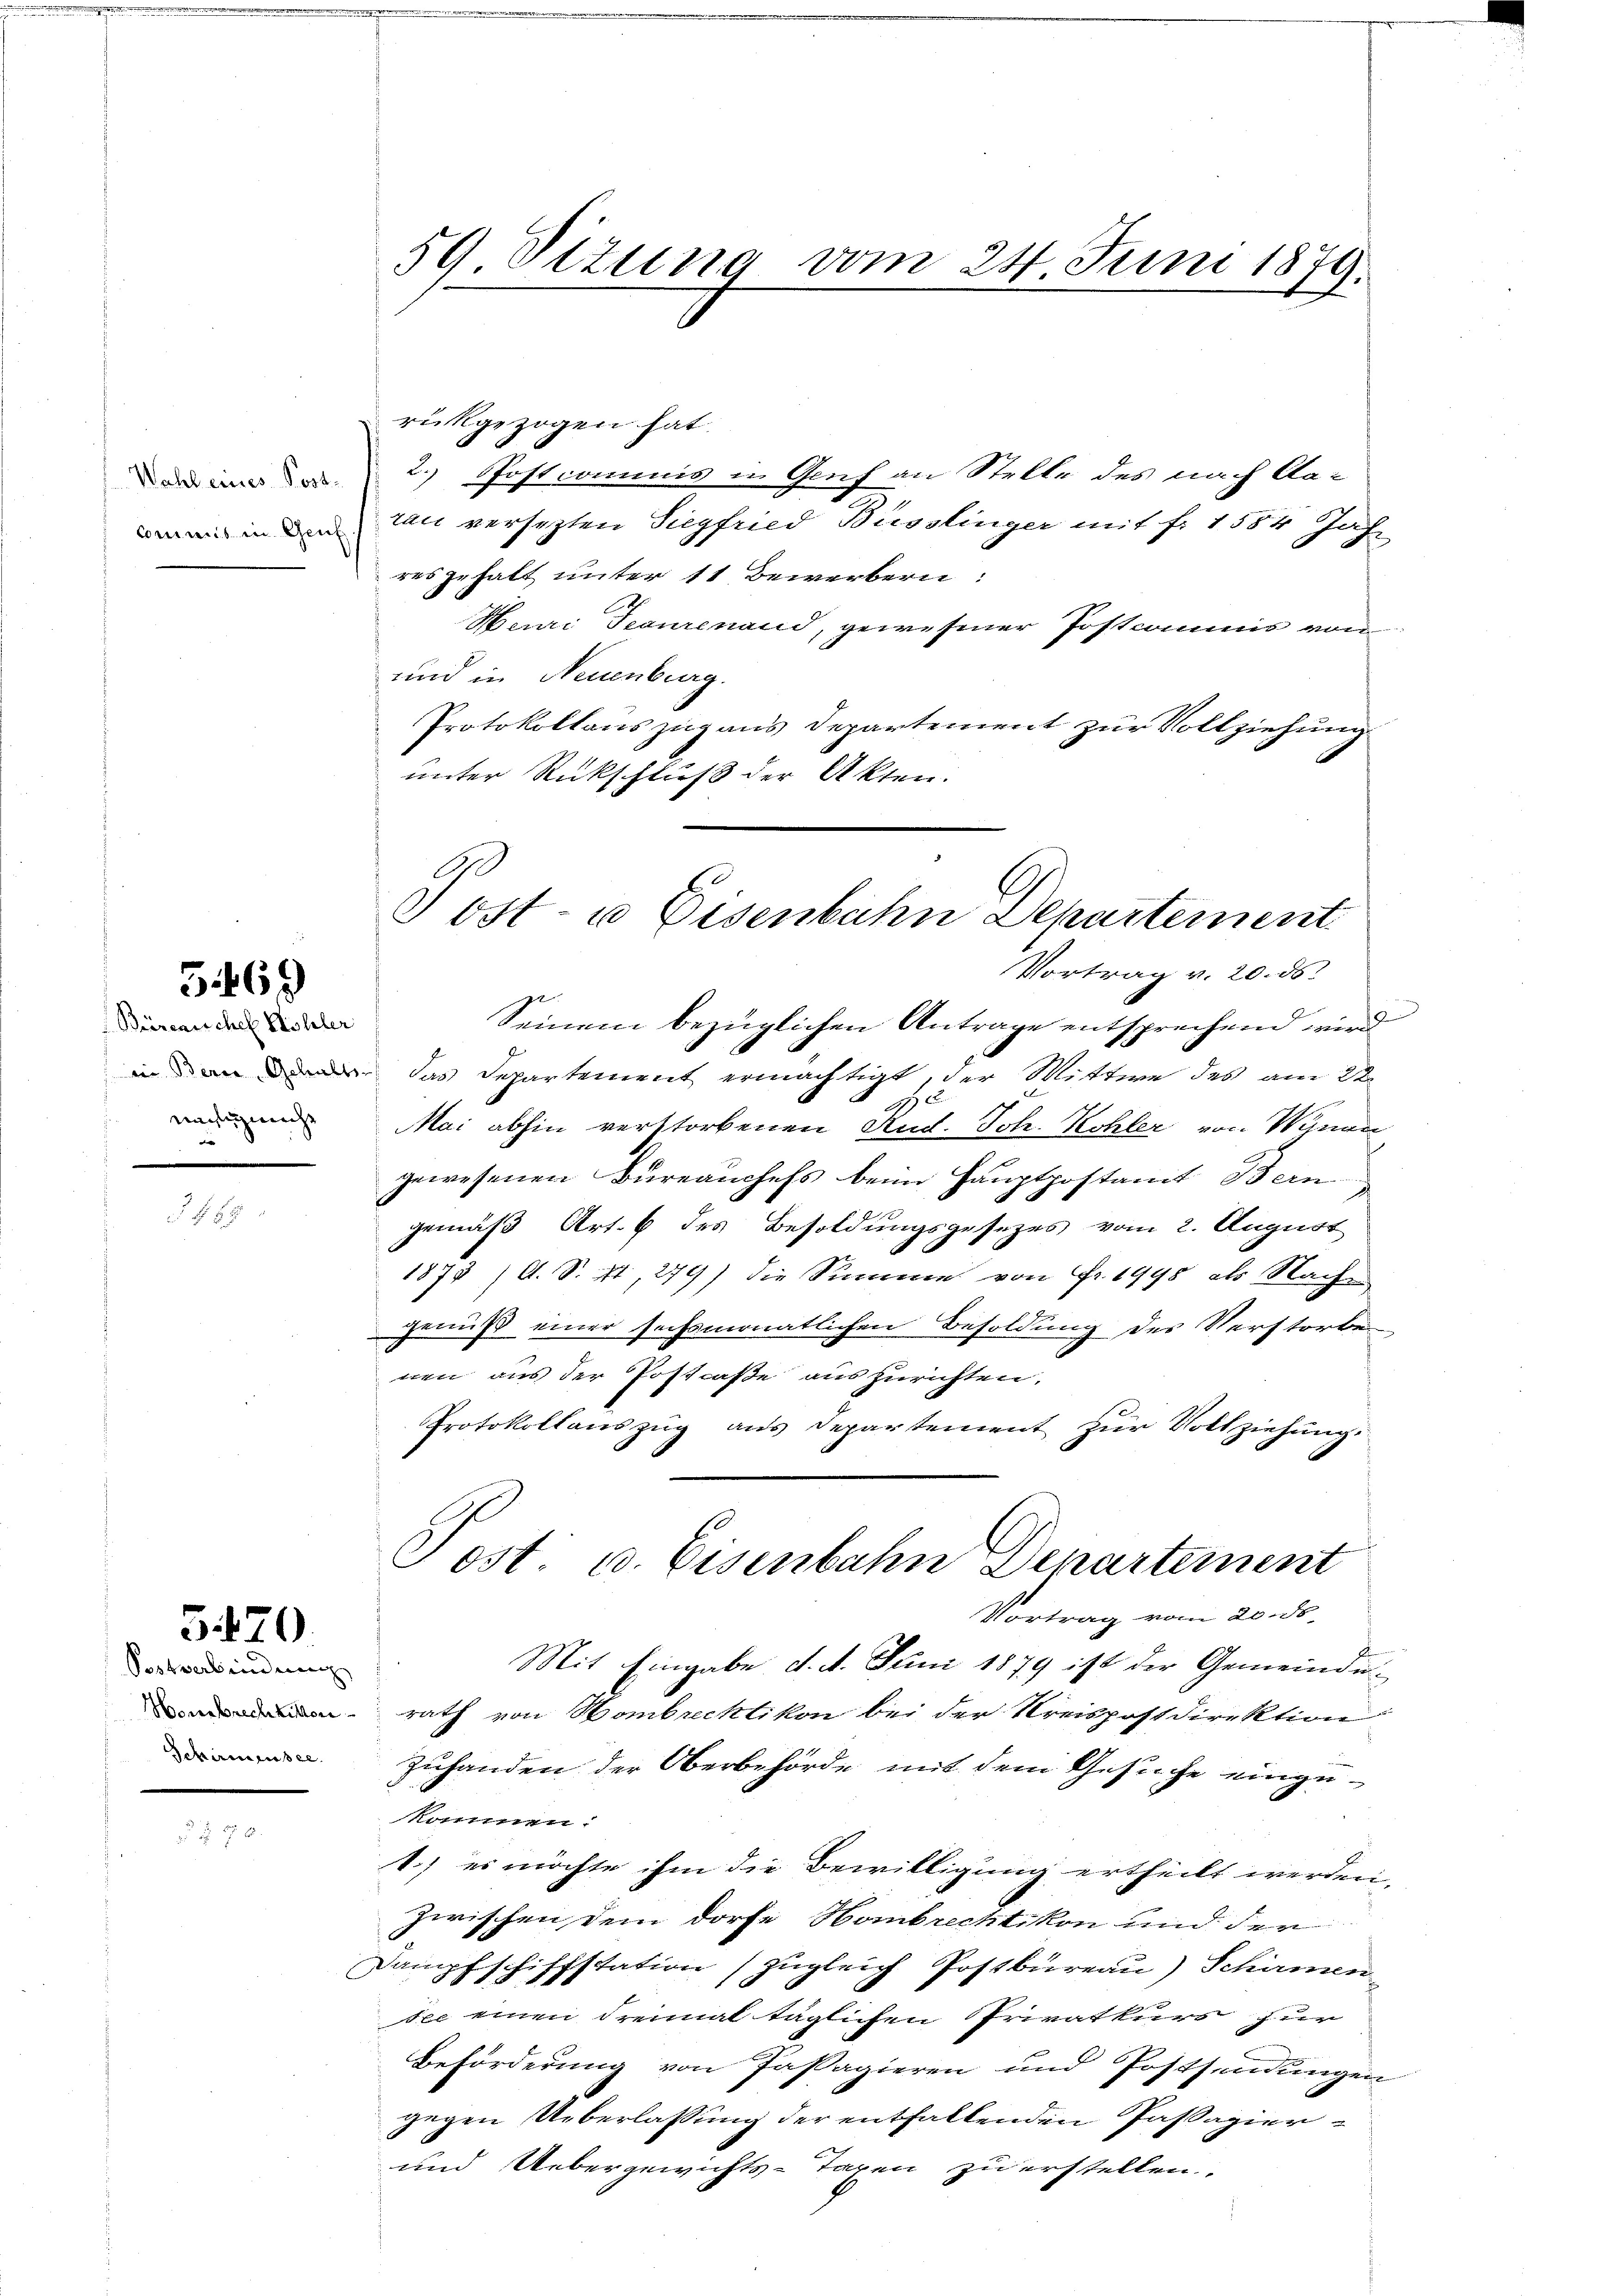
Wahl eines Post-
Commis in Genf

5469

Büreauchel Köhler
uachig mache

570

Sostverbindung
Schirmensee.

59 Sizung vom 24. Juni 1879.
t
l

rückgezogen hat.
2. Postcommis in Genf an Stelle des nach Aarau versetzten Siegfried Büsslinger mit fr. 1584 Jahr
res gehalt unter 11 Bewerbern:
Henri Teaurenand, gewesener Postcommis von
und in Neuenburg.
Protokollauszug aus Departement zur Vollziehung
unter Rückschluß der Akten.

Post- u Eisenbahn Departement
Vortrag v. 20. ds.

Seinem bezüglichen Antrage entsprechend wird
inn das Departement ermächtigt, der Mittwe des am 22.
e
Mai abhin verstorbenen Rud. Joh. Kohler von Wynan
gewesenen Bureauchefs beim Hauptpostamit Bern
gemäß Art. 6 des Besoldungsgesetzes vom 2. August
1878 / A. S. 41, 279) die Summe von Fr. 1995 als Nache
genuß einer sechsmonatlichen Besoldung des Verstorbe
nen aus der Postcaße auszurichten.
Protokollauszug aus Departement zur Vollziehung.
Mit Eingabe d. 4. Juni 1879 ist der Gemeindenrath von Hombrechtikon bei der Kreispostdirektion
Zuhanden der Oberbehörde mit dem Gesuche einzukommen.
1) es möchte ihm die Bewilligung ertheilt werden,
zwischen dem Dorfe Hombrechtikon und der
Dampfschiffstation (zugleich Postbureau) Schirmen-
see einen dreimal täglichen Privatkurs für
Beförderung von Passagieren und Postsendungen
gegen Ueberlassung der entfallenden Passagier¬
und Uebergewichts-Taxen zu erstellen.

Post u. Eisenbahn Departement
Vortrag vom 20. ds.